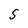
Character: S